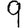
Digit: 9